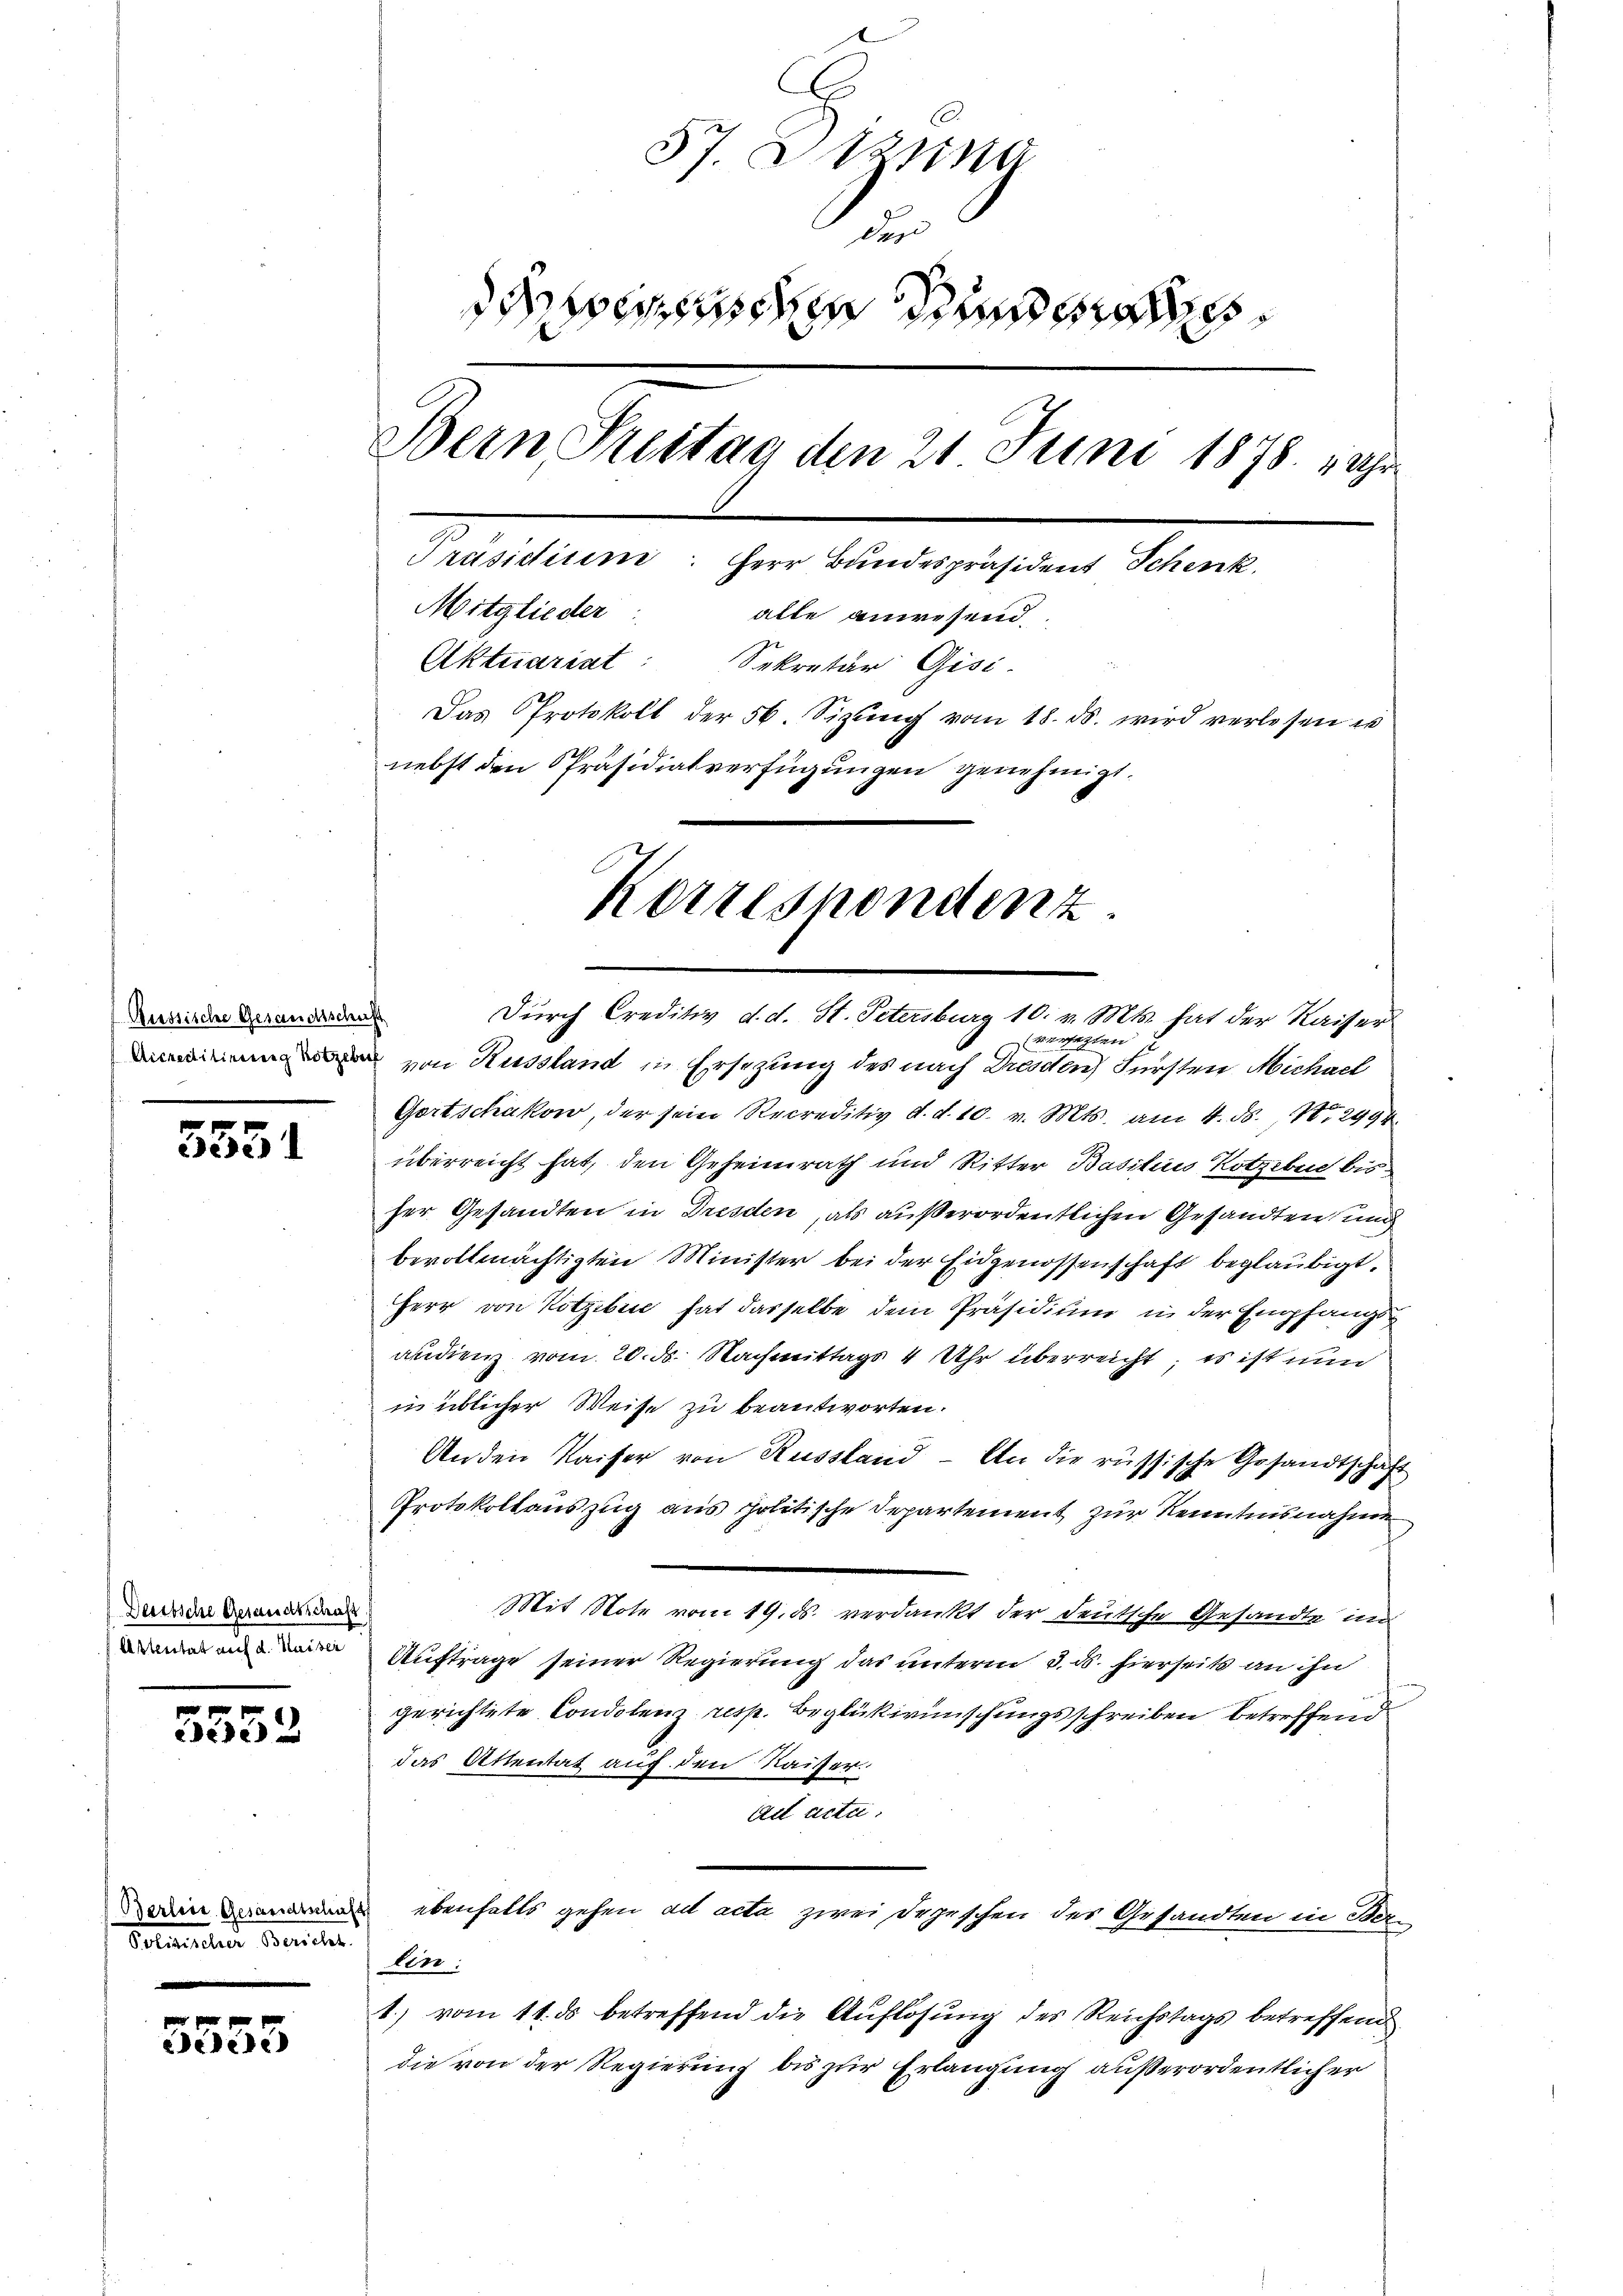
Russische Gesandtschaft

u
3031

Deutsche Gesandtschaft
Astentat auf d. Kaiser

5552

Durch Creditiv d. d. St. Petersburg 10. v. Mts. hat der Kaiser
versagten
von Russland in Ersezung des nach Dresden) Fürsten Michael
Gortschakow, der sein Recreditiv d. d. 10. v. Mts. am 4. ds. No. 2994.
überreicht hat, den Geheimrath und Ritter Basilius Kotzebue bis
ser Gesandten in Dresden, als außerordentlichen Gesandten und
bevollmächtigten Minister bei der Eidgenossenschaft beglaubigt.
Herr von Kotzebić hat dasselbe dem Präsidium in der Empfangs
audienz vom 20. ds. Nachmittags 4 Uhr überreicht; es ist nun
in üblicher Weise zu beantworten.
Anden Kaiser von Russland - An die russische Gesandtschaft
Protokollauszug aus politische Departement zur Kenntnisnahme
Mit Note vom 19. ds. verdankt der deutsche Gesandte in
Auftrage seiner Regierung das unterm 3. ds. hierseits an ihn
gerichtete Condolenz resp. Beglükwünschungsschreiben betreffend
das Attentat auf den Kaiser.
Act acta.
in ebenfalls gehen ad acta zwei Depeschen des Gesandten in Re-
Aen:
1) vom 11. ds betreffend die Auflösung des Reichstags betreffend
die von der Regierung bis zur Erlangung außerordentlicher

Dolderten Bericht.

3353

57. Dezsina
un
denen den sa
Bern Freitag den 21. Juni 1878. Uhr
Präsidium. Herr Bundespräsident Schenk
Mitglieder
alle anwesend
Aktuariat: Sekretär Gisi-
Das Protokoll der 56. Sizŭng vom 18. ds. wird verlesen is
nebst den Präsidialverfügungen genehmigt.

Korrespondenz